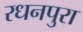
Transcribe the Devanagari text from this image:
रधनपुरा